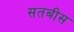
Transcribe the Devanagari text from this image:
सतबीस